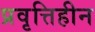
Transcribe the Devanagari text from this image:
प्रवृत्तिहीन